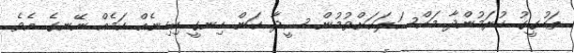
ތަހުގީގު ކުރަމުންދާ މައްސަލަަކަށްވުމުން ސީދާ ކަން ހިނގީ ކިހިނެއް ކަމެއް ނޭނގެ އެވެ.